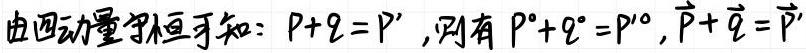
由四动量守恒可知：$P + q = P'$，则有$P^{0}+q^{0}=P'^{0}$，$\vec{P}+\vec{q}=\vec{P}'$